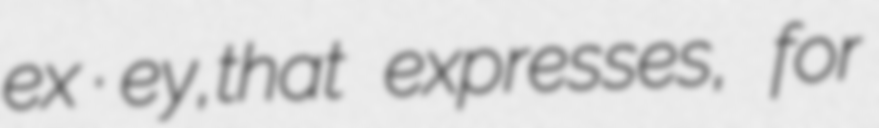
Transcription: ex · ey,that expresses, for